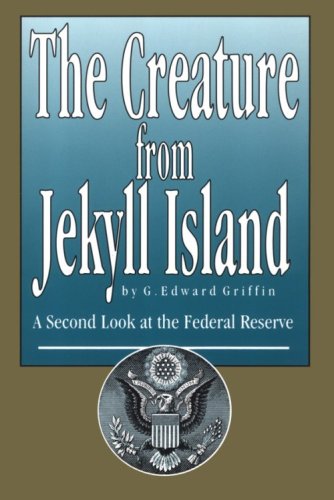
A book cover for The Creature from Jekyll Island: A Second Look at the Federal Reserve; G. Edward Griffin; Business & Money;